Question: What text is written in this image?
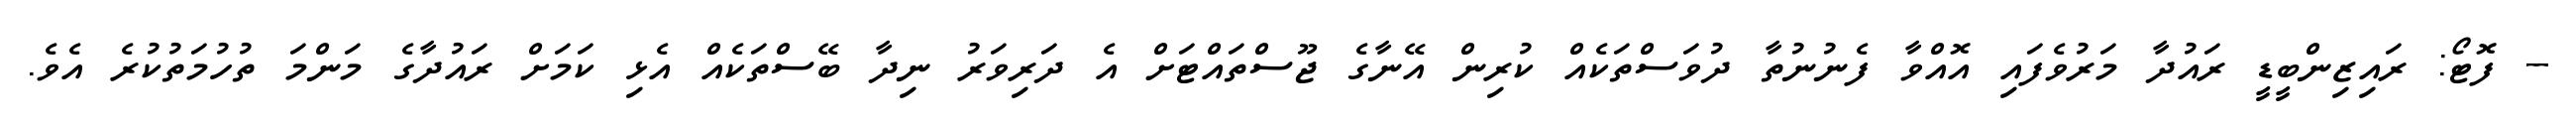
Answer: -- ފޮޓޯ: ރައިޒިންބީޑީ ރައުދާ މަރުވެފައި އޮއްވާ ފެނުނުތާ ދުވަސްތަކެއް ކުރިން އޭނާގެ ޖޫސްތައްޓަށް އެ ދަރިވަރު ނިދާ ބޭސްތަކެއް އެޅި ކަމަށް ރައުދާގެ މަންމަ ތުހުމަތުކުރެ އެވެ.